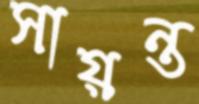
সায়ন্ত